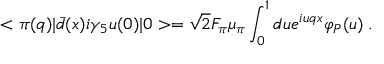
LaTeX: < \pi ( q ) | { \bar { d } } ( x ) i \gamma _ { 5 } u ( 0 ) | 0 > = \sqrt { 2 } F _ { \pi } \mu _ { \pi } \int _ { 0 } ^ { 1 } d u e ^ { i u q x } \varphi _ { P } ( u ) \; .